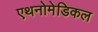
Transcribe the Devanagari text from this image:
एथनोमेडिकल